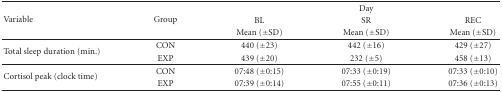
<table><thead><tr><td rowspan="3"><b>Variable</b></td><td rowspan="3"><b>Group</b></td><td colspan="3"><b>Day</b></td></tr><tr><td><b>BL</b></td><td><b>SR</b></td><td><b>REC</b></td></tr><tr><td><b>Mean (±SD)</b></td><td><b>Mean (±SD)</b></td><td><b>Mean (±SD)</b></td></tr></thead><tbody><tr><td rowspan="2">Total sleep duration (min.)</td><td>CON</td><td>440 (±23)</td><td>442 (±16)</td><td>429 (±27)</td></tr><tr><td>EXP</td><td>439 (±20)</td><td>232 (±5)</td><td>458 (±13)</td></tr><tr><td rowspan="2">Cortisol peak (clock time)</td><td>CON</td><td>07:48 (±0:15)</td><td>07:33 (±0:19)</td><td>07:33 (±0:10)</td></tr><tr><td>EXP</td><td>07:39 (±0:14)</td><td>07:55 (±0:11)</td><td>07:36 (±0:13)</td></tr></tbody></table>